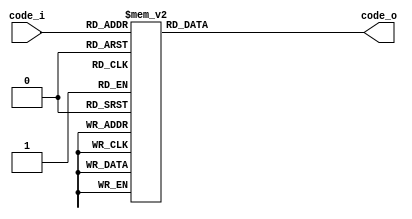
`timescale 1ns / 1ps
//////////////////////////////////////////////////////////////////////////////////
// Company: 
// Engineer: 
// 
// Design Name: 
// Module Name: decoder
// Project Name: 
// Target Devices: 
// Tool Versions: 
// Description: 
// 
// Dependencies: 
// 
// Revision:
// Revision 0.01 - File Created
// Additional Comments:
// 
//////////////////////////////////////////////////////////////////////////////////


module decoder(code_i, code_o);
    input [3:0] code_i;
    output reg [7:0] code_o;
    
    always @(*) begin
        case(code_i)
            0: code_o = 8'b11000000;
            1: code_o = 8'b11111001;
            2: code_o = 8'b10100100;
            3: code_o = 8'b10110000;
            4: code_o = 8'b10011001;
            5: code_o = 8'b10010010;
            6: code_o = 8'b10000010;
            7: code_o = 8'b11111000;
            8: code_o = 8'b10000000;
            9: code_o = 8'b10011000;
            10:code_o = 8'b10001000;
            11:code_o = 8'b10000011;
            12:code_o = 8'b11000110;
            13:code_o = 8'b10100001;
            14:code_o = 8'b10000110;
            15:code_o = 8'b10001110;
        endcase
    end
        
endmodule